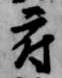
府